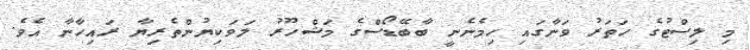
މި ލިސްޓުގެ ހަތަރު ވަނާގައި ހިމެނެނީ ބާބޭޑޯސްގެ މަޝްހޫރު ލަވަކިޔުންތެރިޔާ ރައިހާނާ އެވެ.